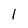
Character: 1